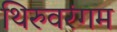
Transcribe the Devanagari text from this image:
थिरुवरंगम